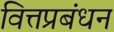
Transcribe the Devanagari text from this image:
वित्तप्रबंधन